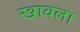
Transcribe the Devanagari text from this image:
खावला